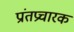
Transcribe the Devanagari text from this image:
प्रांतप्रचारक